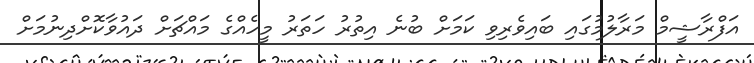
އަފްރާޝީމް މަރާލުމުގައި ބައިވެރިވި ކަމަށް ބުނެ އިތުރު ހަތަރު މީހެއްގެ މައްޗަށް ދައުވާކޮށްދިނުމަށް